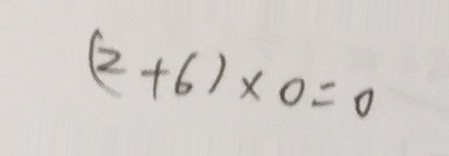
( 2 + 6 ) \times 0 = 0